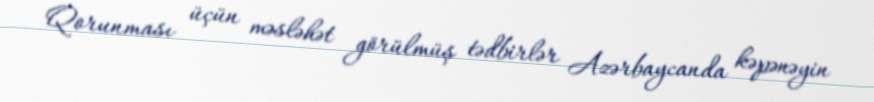
Qorunması üçün məsləhət görülmüş tədbirlər Azərbaycanda kəpənəyin